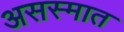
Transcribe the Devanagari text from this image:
असस्मात